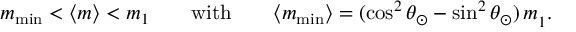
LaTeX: m _ { \operatorname * { m i n } } < \langle m \rangle < m _ { 1 } \qquad \mathrm { w i t h } \qquad \langle m _ { \operatorname * { m i n } } \rangle = ( \cos ^ { 2 } \theta _ { \odot } - \sin ^ { 2 } \theta _ { \odot } ) \, m _ { 1 } ^ { } .